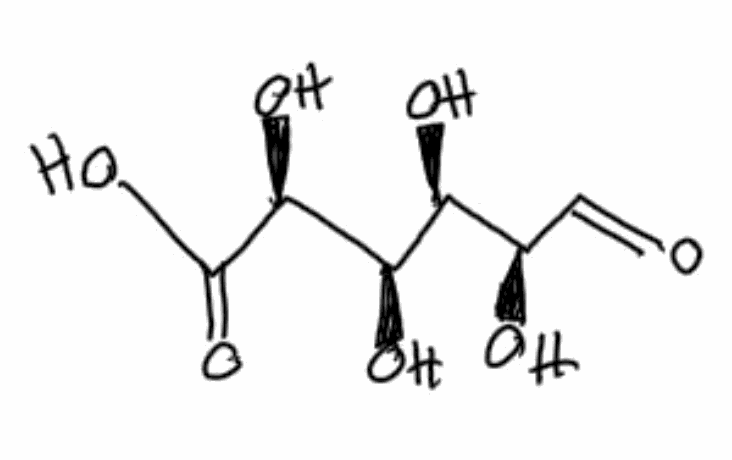
Simplified molecular-input line-entry system (SMILES) notation of the given molecule:
C(=O)[C@H]([C@@H]([C@H]([C@@H](C(=O)O)O)O)O)O